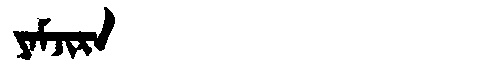
Manchu: ᠶᠠᠮᠵᡳᡵᠠ
Romanization: YAMJIRA